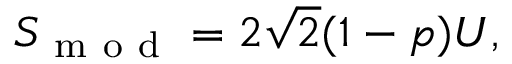
S _ { \mathrm { ~ m ~ o ~ d ~ } } = 2 \sqrt { 2 } ( 1 - p ) U ,